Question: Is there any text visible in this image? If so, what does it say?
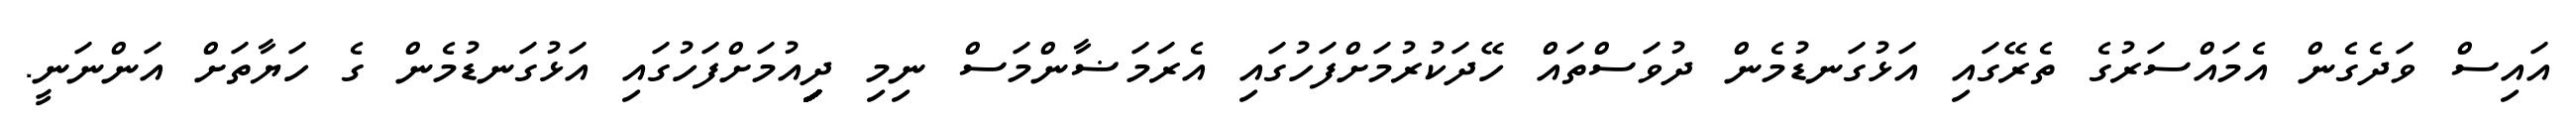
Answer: އައިސް ވަދެގެން އެމައްސަރުގެ ތެރޭގައި އަޅުގަނޑުމެން ދުވަސްތައް ހޭދަކުރުމަށްފަހުގައި އެރަމަޟާންމަސް ނިމި ދިިިިިިިިިިިިިިިިިިިިިިިިިިިިިިިިިިިިިިިިިިިިިިިިިއުމަށްފަހުގައި އަޅުގަނޑުމެން ގެ ހަޔާތަށް އަންނަނީ.